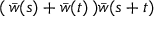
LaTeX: ( \, \bar { w } ( s ) + \bar { w } ( t ) \, ) \bar { w } ( s + t )